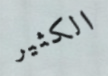
الكثير